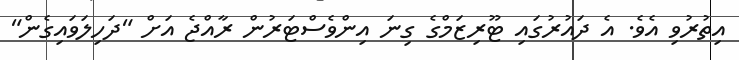
އިތުުރުވި އެވެ. އެ ދައުރުގައި ޓޫރިޒަމްގެ ގިނަ އިންވެސްޓަރުން ރާއްޖެ އަށް "ދަހިލަވައިގެން"